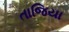
તાજિયા